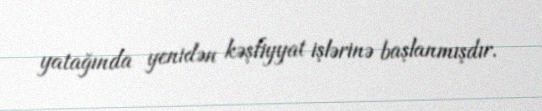
yatağında yenidən kəşfiyyat işlərinə başlanmışdır.